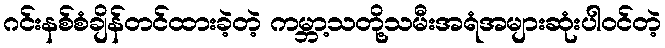
ဂင်းနစ်စံချိန်တင်ထားခဲ့တဲ့ ကမ္ဘာ့သတို့သမီးအရံအများဆုံးပါ၀င်တဲ့